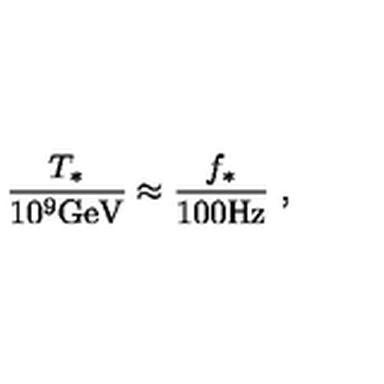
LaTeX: { \frac { T _ { * } } { 1 0 ^ { 9 } \mathrm { G e V } } } \approx { \frac { f _ { * } } { 1 0 0 \mathrm { H z } } } \ ,